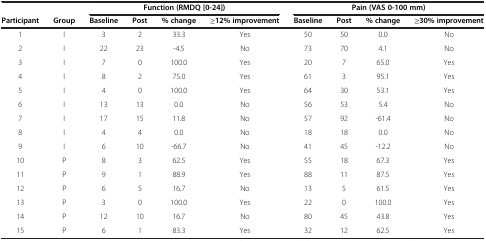
<table><thead><tr><td><b> </b></td><td><b> </b></td><td colspan="4"><b>Function (RMDQ [0-24])</b></td><td colspan="4"><b>Pain (VAS 0-100 mm)</b></td></tr><tr><td><b>Participant</b></td><td><b>Group</b></td><td><b>Baseline</b></td><td><b>Post</b></td><td><b>% change</b></td><td><b>≥12% improvement</b></td><td><b>Baseline</b></td><td><b>Post</b></td><td><b>% change</b></td><td><b>≥30% improvement</b></td></tr></thead><tbody><tr><td>1</td><td>I</td><td>3</td><td>2</td><td>33.3</td><td>Yes</td><td>50</td><td>50</td><td>0.0</td><td>No</td></tr><tr><td>2</td><td>I</td><td>22</td><td>23</td><td>-4.5</td><td>No</td><td>73</td><td>70</td><td>4.1</td><td>No</td></tr><tr><td>3</td><td>I</td><td>7</td><td>0</td><td>100.0</td><td>Yes</td><td>20</td><td>7</td><td>65.0</td><td>Yes</td></tr><tr><td>4</td><td>I</td><td>8</td><td>2</td><td>75.0</td><td>Yes</td><td>61</td><td>3</td><td>95.1</td><td>Yes</td></tr><tr><td>5</td><td>I</td><td>4</td><td>0</td><td>100.0</td><td>Yes</td><td>64</td><td>30</td><td>53.1</td><td>Yes</td></tr><tr><td>6</td><td>I</td><td>13</td><td>13</td><td>0.0</td><td>No</td><td>56</td><td>53</td><td>5.4</td><td>No</td></tr><tr><td>7</td><td>I</td><td>17</td><td>15</td><td>11.8</td><td>No</td><td>57</td><td>92</td><td>-61.4</td><td>No</td></tr><tr><td>8</td><td>I</td><td>4</td><td>4</td><td>0.0</td><td>No</td><td>18</td><td>18</td><td>0.0</td><td>No</td></tr><tr><td>9</td><td>I</td><td>6</td><td>10</td><td>-66.7</td><td>No</td><td>41</td><td>45</td><td>-12.2</td><td>No</td></tr><tr><td>10</td><td>P</td><td>8</td><td>3</td><td>62.5</td><td>Yes</td><td>55</td><td>18</td><td>67.3</td><td>Yes</td></tr><tr><td>11</td><td>P</td><td>9</td><td>1</td><td>88.9</td><td>Yes</td><td>88</td><td>11</td><td>87.5</td><td>Yes</td></tr><tr><td>12</td><td>P</td><td>6</td><td>5</td><td>16.7</td><td>No</td><td>13</td><td>5</td><td>61.5</td><td>Yes</td></tr><tr><td>13</td><td>P</td><td>3</td><td>0</td><td>100.0</td><td>Yes</td><td>22</td><td>0</td><td>100.0</td><td>Yes</td></tr><tr><td>14</td><td>P</td><td>12</td><td>10</td><td>16.7</td><td>No</td><td>80</td><td>45</td><td>43.8</td><td>Yes</td></tr><tr><td>15</td><td>P</td><td>6</td><td>1</td><td>83.3</td><td>Yes</td><td>32</td><td>12</td><td>62.5</td><td>Yes</td></tr></tbody></table>